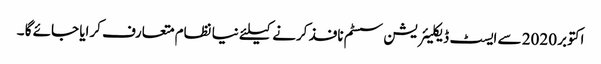
اکتوبر 2020 سے ایسٹ ڈیکلیئریشن سسٹم نافذ کرنے کیلئے نیا نظام متعارف کرایا جائے گا ۔